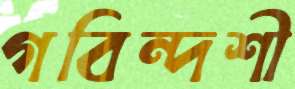
গবিন্দশী